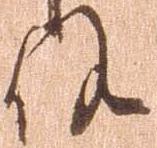
候